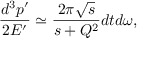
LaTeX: \frac { d ^ { 3 } p ^ { \prime } } { 2 E ^ { \prime } } \simeq \frac { 2 \pi \sqrt { s } } { s + Q ^ { 2 } } d t d \omega ,